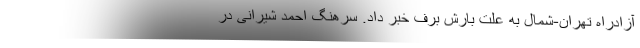
آزادراه تهران-شمال به علت بارش برف خبر داد. سرهنگ احمد شیرانی در